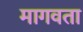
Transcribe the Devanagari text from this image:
मागवता